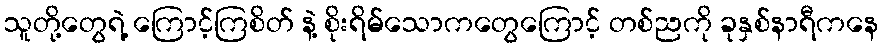
သူတို့တွေရဲ့ ကြောင့်ကြစိတ် နဲ့ စိုးရိမ်သောကတွေကြောင့် တစ်ညကို ခုနှစ်နာရီကနေ